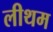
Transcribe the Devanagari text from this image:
लीथम